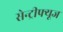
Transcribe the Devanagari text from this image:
सेन्ट्रीफ्यूज